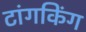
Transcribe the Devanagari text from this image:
टांगकिंग